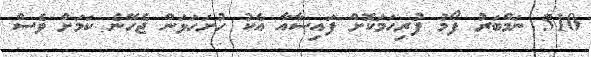
510 ނަމްބަރު ފޯމު ފުރިހަމަކޮށް ފައިސާއާ އެކު ހުށަހަޅަން ޖެހޭނެ ކަމަށް ވެސް